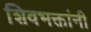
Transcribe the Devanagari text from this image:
शिवभक्तांनी